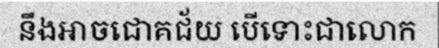
នឹងអាចជោគជ័យ បើទោះជាលោក